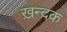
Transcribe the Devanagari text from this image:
ख़न्दक